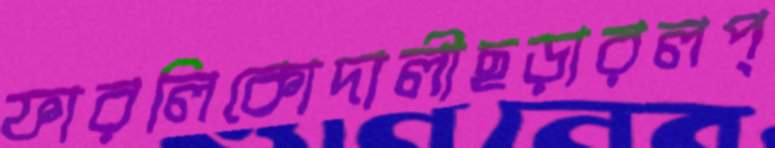
ফারলিকোদালীছড়ারলপ্